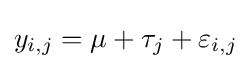
y_{i,j}=\mu +\tau _{j}+\varepsilon _{i,j}